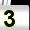
Digit: 3